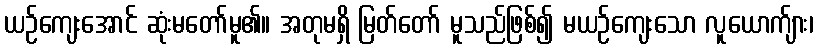
ယဉ်ကျေးအောင် ဆုံးမတော်မူ၏။ အတုမရှိ မြတ်တော် မူသည်ဖြစ်၍ မယဉ်ကျေးသော လူယောက်ျား၊